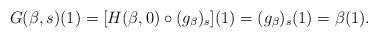
LaTeX: \begin{align*} G(\beta ,s) (1) = [H(\beta ,0)\circ(g_{\beta})_{s}](1) =(g_{\beta})_{s}(1)= \beta(1).\end{align*}